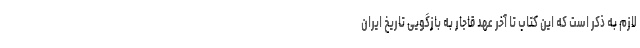
لازم به ذکر است که این کتاب تا آخر عهد قاجار به بازگویی تاریخ ایران